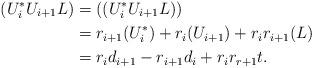
LaTeX: \begin{align*}(U_i^*U_{i+1}L) &=((U_i^*U_{i+1}L))\\&=r_{i+1}(U_i^*) + r_i(U_{i+1}) + r_ir_{i+1}(L)\\&= r_id_{i+1}-r_{i+1}d_i+r_ir_{r+1}t.\end{align*}